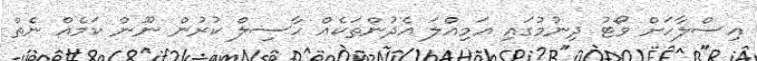
އިސްލާހަށް ވޯޓު ދިނުމުގައި އަމިއްލަ އެދުންތަކެއް ހާސިލް ކުރުން ނޫން ކަމެއް ނެތް